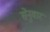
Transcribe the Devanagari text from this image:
सेनुवार